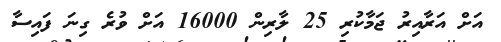
އަށް އަރާއިރު ޖަމާކުރި 25 ލާރިން 16000 އަށް ވުރެ ގިނަ ފައިސާ